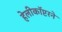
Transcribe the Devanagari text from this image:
हेलीकॉप्टरने